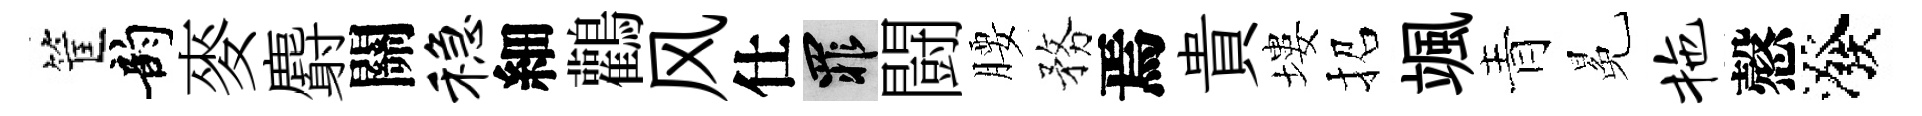
筐韵麥麝關稳細鸛风仕罪闘腰務焉貴塿招颯青冕拖慤潑